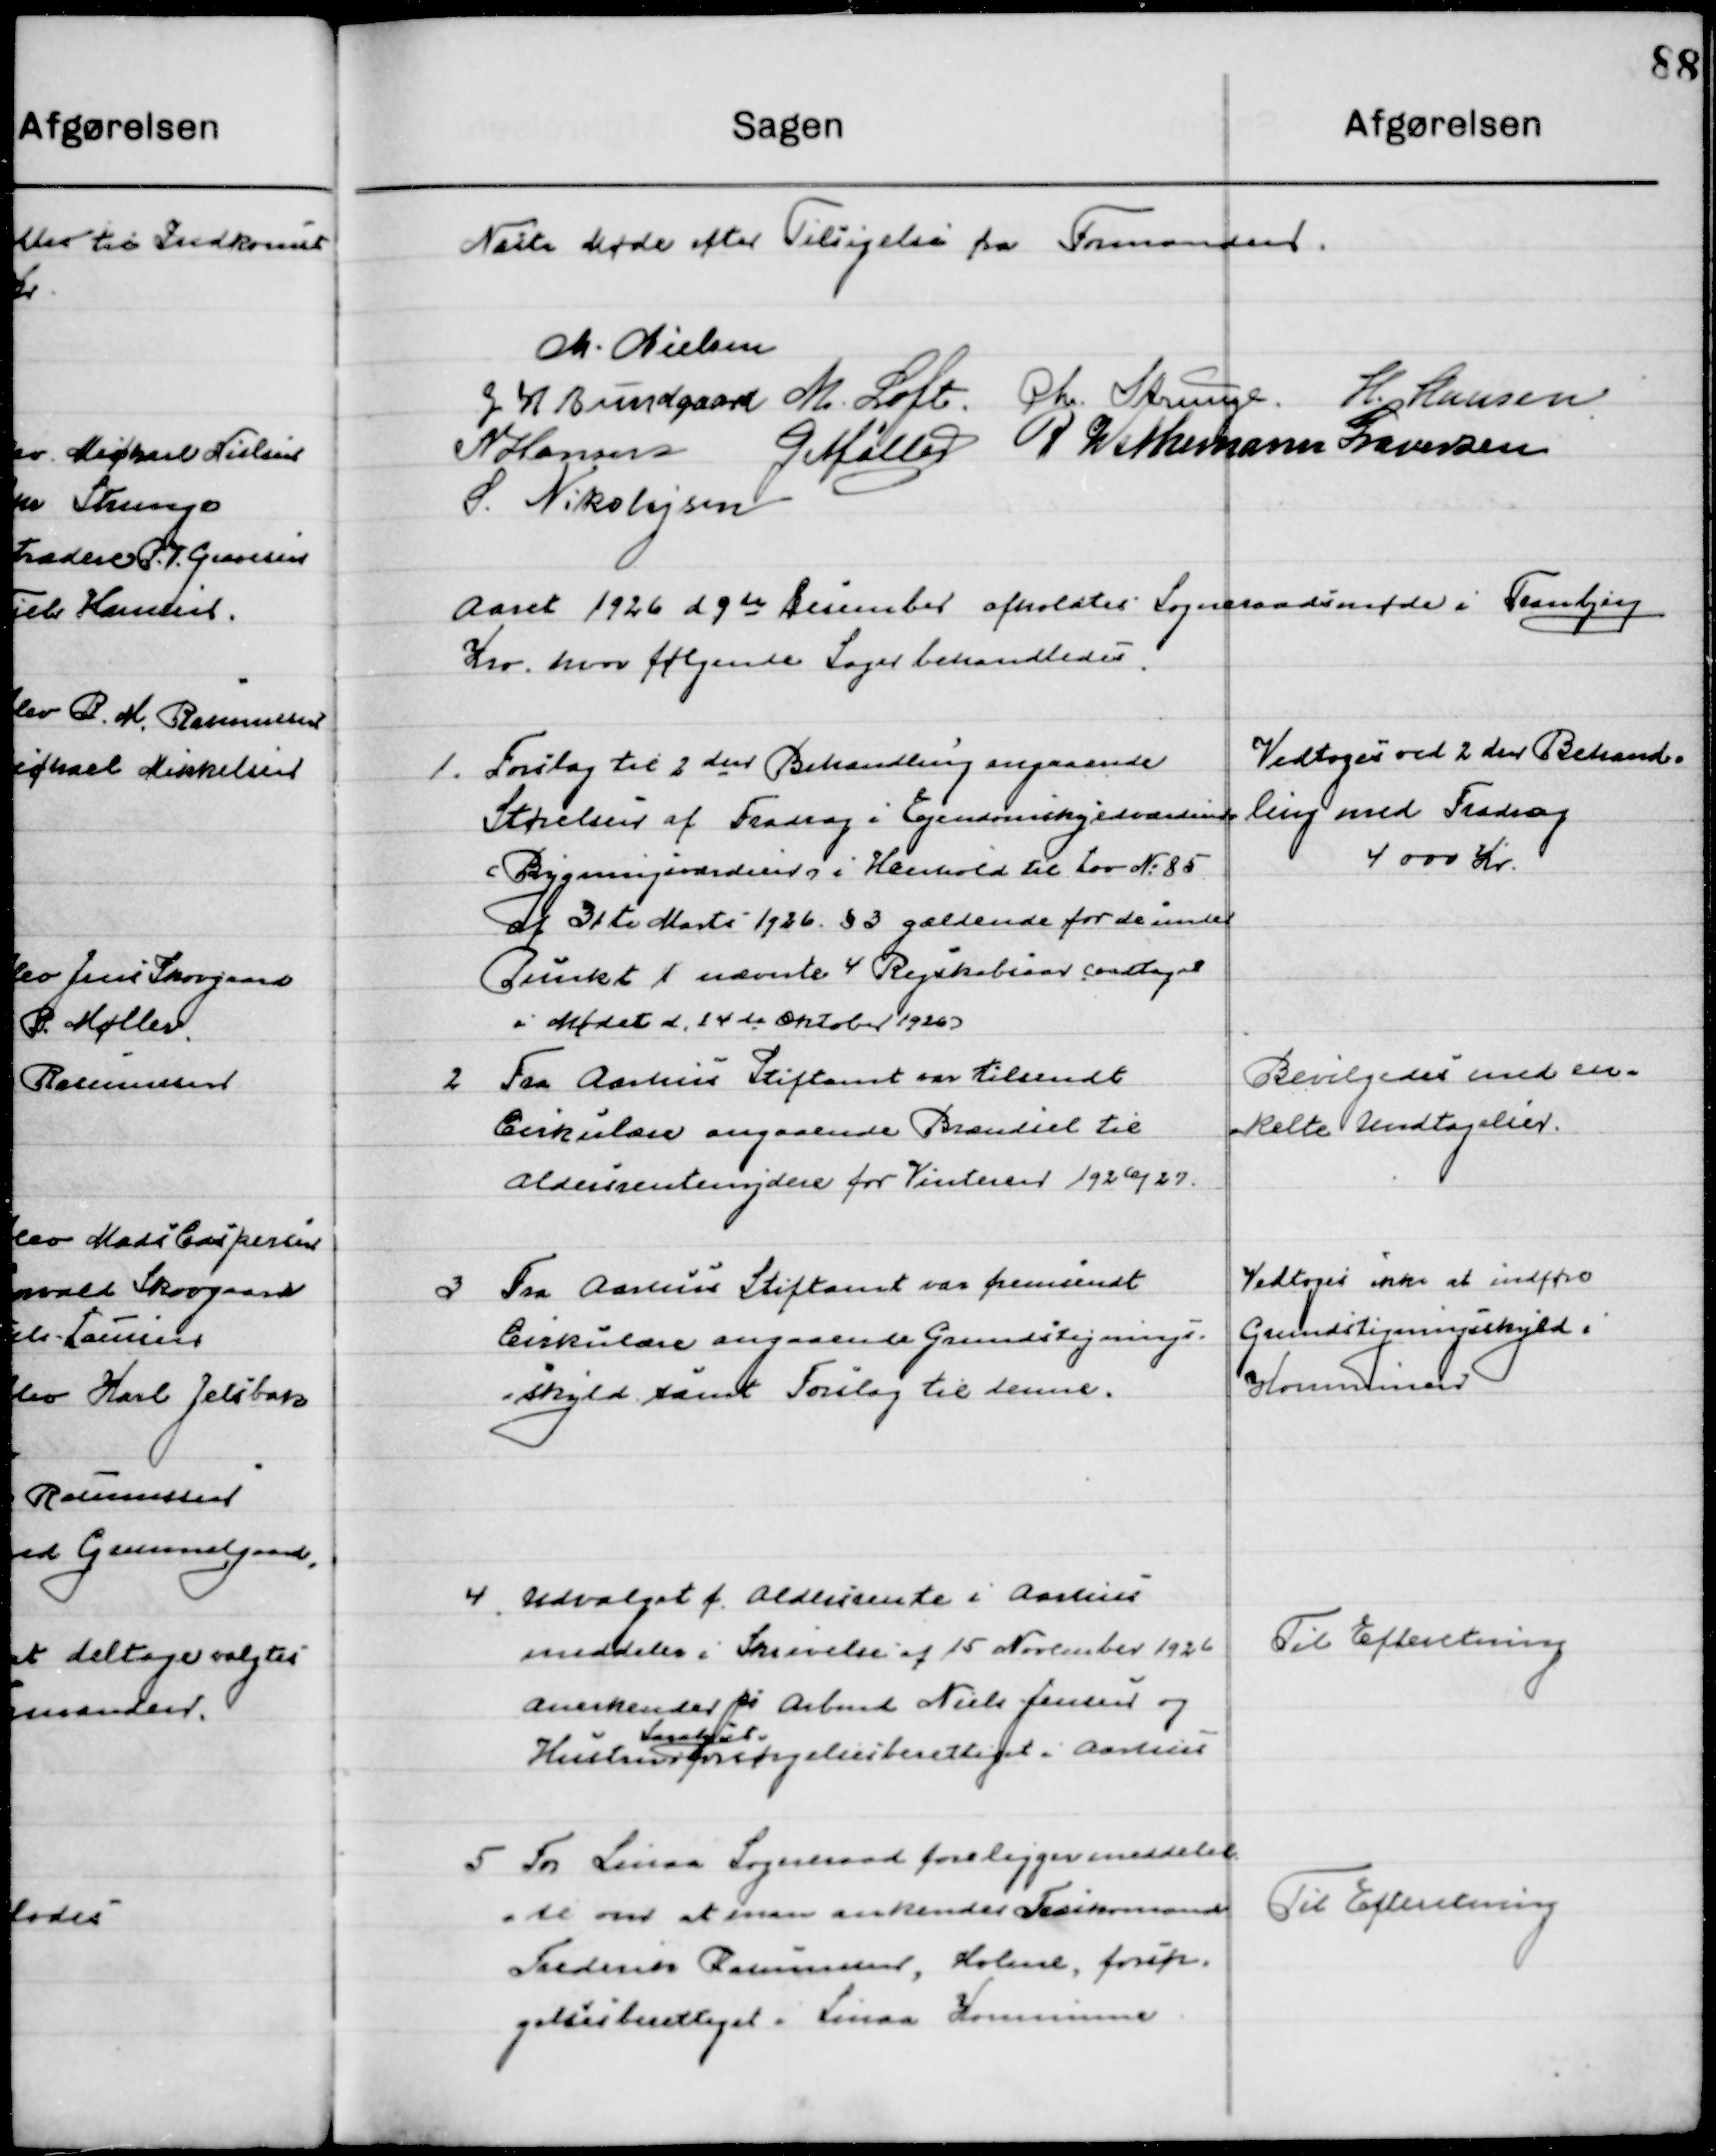
Transskription:
Næste Møde efter Tilsigelse fra Formanden

M. Nielsen
J. H. Bundgaard
M. Loft
Chr. Strunge
H. Hansen
N. Hansen
G. Møller
P. Wethemann Graversen
S. Nikolajsen

Aaret 1926 d. 9de December afholdtes  Sogneraadsmøde i Tranbjerg 
Kro hvor følgende Sager behandledes.

1

Forslag til 2den Behandling angaaende
Størrelsen af Fradrag i Ejendomsskyldsvurdering
i Bygningsværdien i Henhold til Lov No. 85
af 31 Marts 1926 § 3 gældende for de under
Punkt 1 nævnte 4 Regnskabsaar vedtaget
I Mødet d. 24de Oktober 1926.

Vedtoges ved 2den Behand-
ling med Fradrag
4000 Kr.

2

Fra Aarhus Stiftsamt var tilsendt
Cirkulære angaaende Brændsel til
Aldersrentenydere for Vinteren 1926/27.

Bevilgedes med en-
kelte Undtagelser.

3

Fra Aarhus Stiftsamt var tilsendt
Cirkulære angaaende Grundstignings- 
skyld samt Forslag til denne

Vedtoges ikke at indføre
Grundligningsskyld i 
Kommunen

4

Udvalget f. Aldersrente i Aarhus
meddeler i Skrivelse af 15 November 1926
Anerkender pr. Arbmd. Niels Jensen og
Hustru  
Saralyst
forsørgelsesberettiget i Aarhus

Til Efterretning

5

Fra Linaa Sogneraad foreligger meddelel-
se om at man anerkender Træskomand
Frederik Rasmussen, Holme, forsør-
gelsesberettiget i Lindaa Kommune.

Til Efterretning